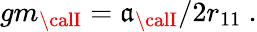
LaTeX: gm_{\calI}=\mathfrak{a}_{\calI}/2r_{11}\ .